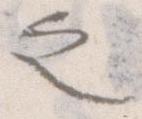
之